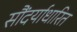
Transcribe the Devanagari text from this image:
सौंदर्याधारित